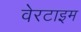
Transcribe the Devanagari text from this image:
वेरटाइम